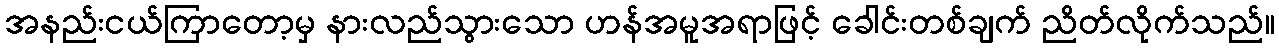
အနည်းငယ်ကြာတော့မှ နားလည်သွားသော ဟန်အမူအရာဖြင့် ခေါင်းတစ်ချက် ညိတ်လိုက်သည်။